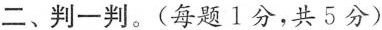
二、判一判。(每题1分，共5分)